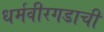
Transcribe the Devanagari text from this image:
धर्मवीरगडाची